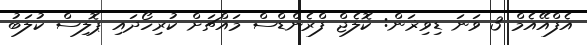
އެފްއޭއެމް 3 ވަނަ ޑިވިޜަން: ކޮލެޖް ފްރެންޑްސް މައްޗަށް ކުރިހޯދައި ޕޮލިސް ކުލަބު